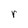
Character: r